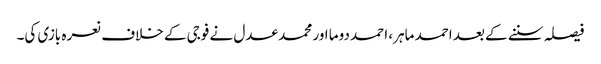
فیصلہ سننے کے بعد احمد ماہر، احمد دوما اور محمد عدل نے فوجی کے خلاف نعرہ بازی کی۔